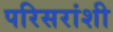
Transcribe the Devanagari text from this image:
परिसरांशी